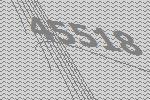
45518